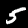
Digit: 5